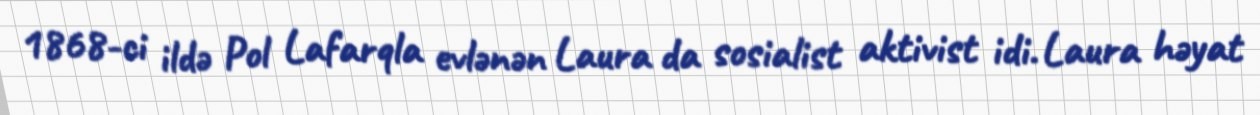
1868-ci ildə Pol Lafarqla evlənən Laura da sosialist aktivist idi. Laura həyat